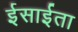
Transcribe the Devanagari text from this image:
ईसाईता